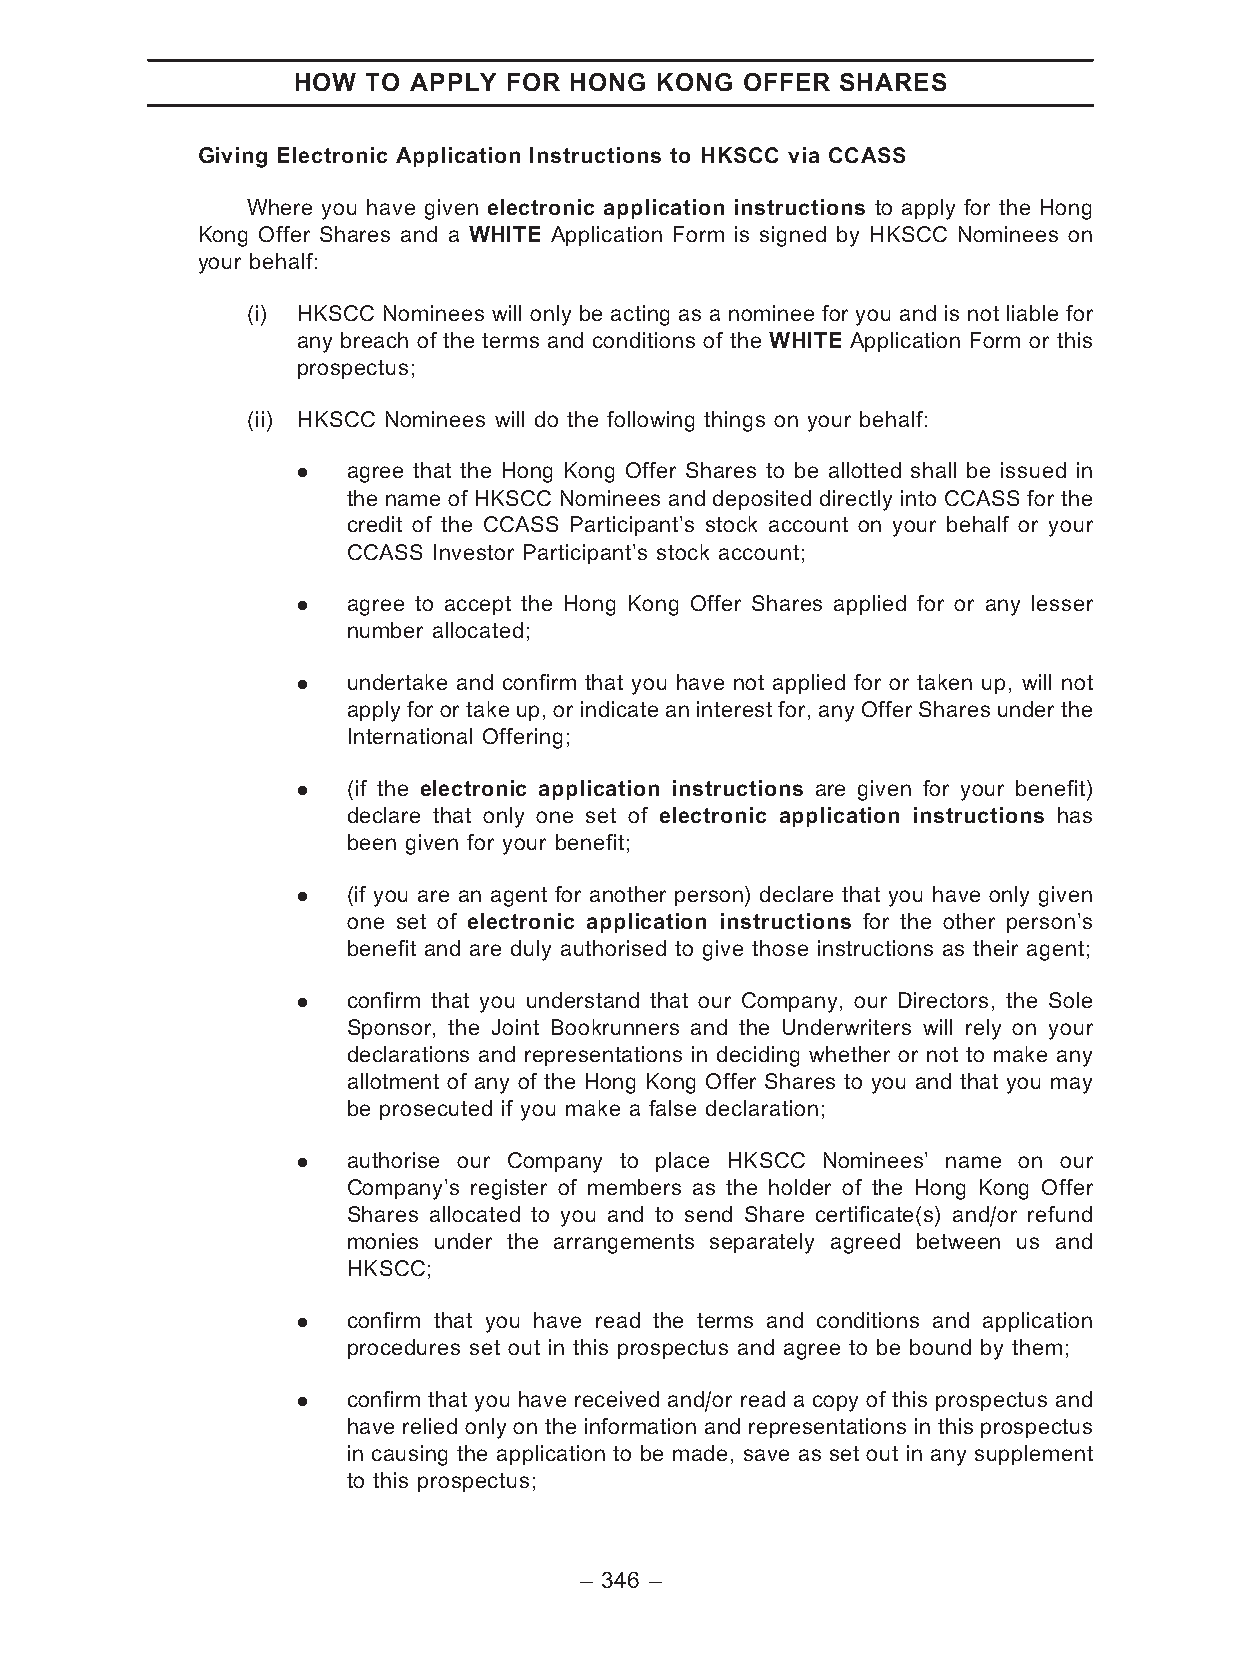
HOW  TO APPLY FOR  HONG KONG  OFFER  SHARES
 Giving Electronic Application Instructions to HKSCC via CCASS
 Where you have given electronic application instructions to apply for the Hong
 Kong Offer Shares and a WHITE Application Form is signed by HKSCC Nominees on
 your behalf:
 (i) HKSCC Nominees will only be acting as a nominee for you and is not liable for
 any breach of the terms and conditions of the WHITE Application Form or this
 prospectus;
 (ii) HKSCC Nominees will do the following things on your behalf:
 .  agree that the Hong Kong Offer Shares to be allotted shall be issued in
 the name of HKSCC Nominees and deposited directly into CCASS for the
 credit of the CCASS Participant’s stock account on your behalf or your
 CCASS Investor Participant’s stock account;
 .  agree to accept the Hong Kong Offer Shares applied for or any lesser
 number allocated;
 .  undertake and confirm that you have not applied for or taken up, will not
 applyfor or take up, or indicate an interest for, anyOffer Shares under the
 International Offering;
 .  (if the electronic application instructions are given for your benefit)
 declare that only one set of electronic application instructions has
 been given for your benefit;
 .  (if you are an agent for another person) declare that you have only given
 one set of electronic application instructions for the other person’s
 benefit and are duly authorised to give those instructions as their agent;
 .  confirm that you understand that our Company, our Directors, the Sole
 Sponsor, the Joint Bookrunners and the Underwriters will rely on your
 declarations and representations in deciding whether or not to make any
 allotment of any of the Hong Kong Offer Shares to you and that you may
 be prosecuted if you make a false declaration;
 .  authorise our Company to place HKSCC Nominees’ name on our
 Company’s register of members as the holder of the Hong Kong Offer
 Shares allocated to you and to send Share certificate(s) and/or refund
 monies under the arrangements separately agreed between us and
 HKSCC;
 .  confirm that you have read the terms and conditions and application
 procedures set out in this prospectus and agree to be bound by them;
 .  confirm that you have received and/or read a copy of this prospectus and
 have relied only on the information and representations in this prospectus
 in causing the application to be made, save as set out in any supplement
 to this prospectus;
 – 346 –